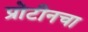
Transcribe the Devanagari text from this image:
प्रोटीनचा